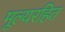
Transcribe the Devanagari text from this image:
मूल्यरहित